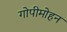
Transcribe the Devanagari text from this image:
गोपीमोहन